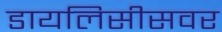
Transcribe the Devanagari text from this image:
डायलिसीसवर